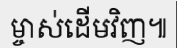
ម្ចាស់ដើមវិញ៕